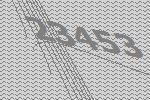
23453